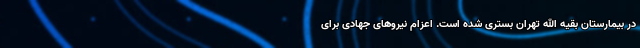
در بیمارستان بقیه الله تهران بستری شده است. اعزام نیروهای جهادی برای